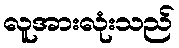
လူအားလုံးသည်